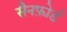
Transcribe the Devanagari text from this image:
सैनफ़ोर्ड